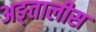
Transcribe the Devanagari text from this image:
अङ्तालीस